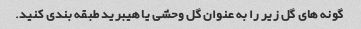
گونه های گل زیر را به عنوان گل وحشی یا هیبرید طبقه بندی کنید.